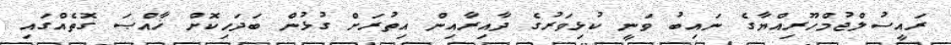
ރައީސުލްޖުމްހޫރިއްޔާގެ ނައިބު ވަނީ ކުޅިވަރުގެ ދާއިރާއިން އިތުރަށް ގުޅުން ބަދަހިކޮށް ޚާއްޞަ ގޮތެއްގައި